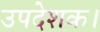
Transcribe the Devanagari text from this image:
उपदेशक।